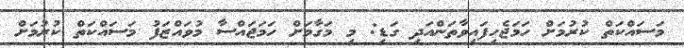
މަސައްކަތް ކުރުމަށް ހަމަޖެހިފައިވާތަންއަދި ގަޑި: މި މަގާމަށް ހަމަޖައްސާ މުވައްޒަފު މަސައްކަތް ކުރުމަށް